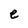
Character: e